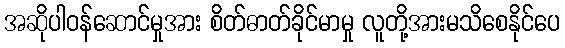
အဆိုပါဝန်ဆောင်မှုအား စိတ်ဓာတ်ခိုင်မာမှု လူတို့အားမသိစေနိုင်ပေ